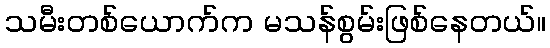
သမီးတစ်ယောက်က မသန်စွမ်းဖြစ်နေတယ်။